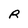
Character: R